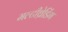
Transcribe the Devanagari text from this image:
मल्टीथ्रेडिंग